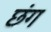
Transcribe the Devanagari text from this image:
छंग